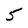
Character: 5